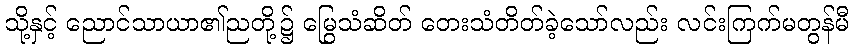
သို့နှင့် ညောင်သာယာ၏ညတို့၌ မြွေသံဆိတ် တေးသံတိတ်ခဲ့သော်လည်း လင်းကြက်မတွန်မီ